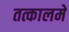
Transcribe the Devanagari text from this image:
तत्कालमे